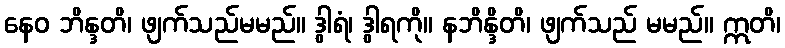
နေဝ ဘိန္ဒတိ၊ ဖျက်သည်မမည်။ ဒွါရံ၊ ဒွါရကို။ နဘိန္ဒိတိ၊ ဖျက်သည် မမည်။ ဣတိ၊